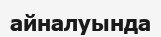
айналуында